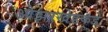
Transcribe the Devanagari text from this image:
ओझरखेडकडे